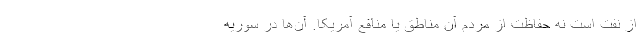
از نفت است نه حفاظت از مردم آن مناطق یا منافع آمریکا. آن‌ها در سوریه